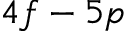
4 f - 5 p